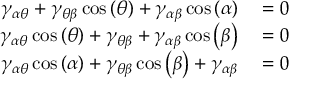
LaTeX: \begin{array} { r l } { \gamma _ { \alpha \theta } + \gamma _ { \theta \beta } \cos \left( \theta \right) + \gamma _ { \alpha \beta } \cos \left( \alpha \right) } & { { } = 0 } \\ { \gamma _ { \alpha \theta } \cos \left( \theta \right) + \gamma _ { \theta \beta } + \gamma _ { \alpha \beta } \cos \left( \beta \right) } & { { } = 0 } \\ { \gamma _ { \alpha \theta } \cos \left( \alpha \right) + \gamma _ { \theta \beta } \cos \left( \beta \right) + \gamma _ { \alpha \beta } } & { { } = 0 } \end{array}